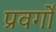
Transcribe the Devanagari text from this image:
प्रवर्गो